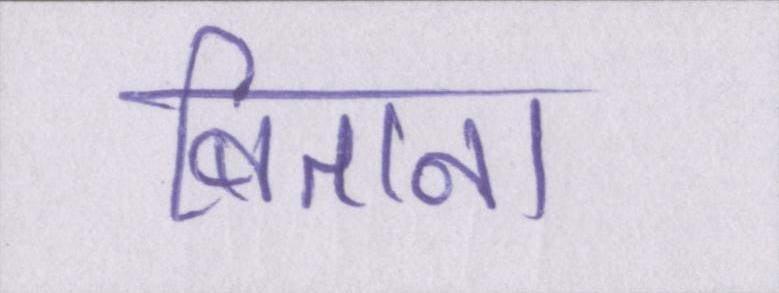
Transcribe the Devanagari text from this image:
बिताना